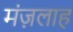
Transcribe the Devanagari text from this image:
मंज़लाह